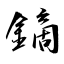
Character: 鏑